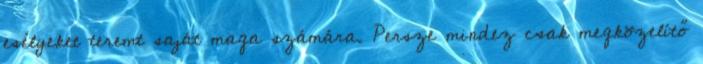
esélyeket teremt saját maga számára. Persze mindez csak megközelítő